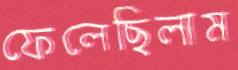
ফেলেছিলাম